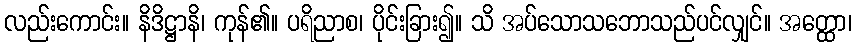
လည်းကောင်း။ နိဒိဋ္ဌာနိ၊ ကုန်၏။ ပရိညာစ၊ ပိုင်းခြား၍။ သိ အပ်သောသဘောသည်ပင်လျှင်။ အတ္ထော၊